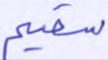
سقيم